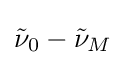
{\tilde {\nu }}_{0}-{\tilde {\nu }}_{M}